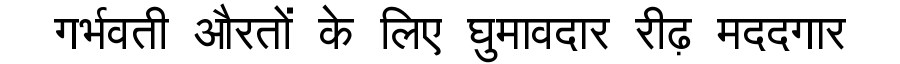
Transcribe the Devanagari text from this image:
गर्भवती औरतों के लिए घुमावदार रीढ़ मददगार